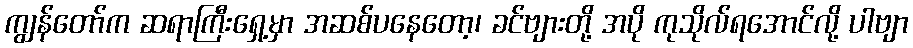
ကျွန်တော်က ဆရာကြီးရှေ့မှာ အဆစ်ပနေတော့၊ ခင်ဗျားတို့ အပို ကုသိုလ်ရအောင်လို့ ပါဗျာ